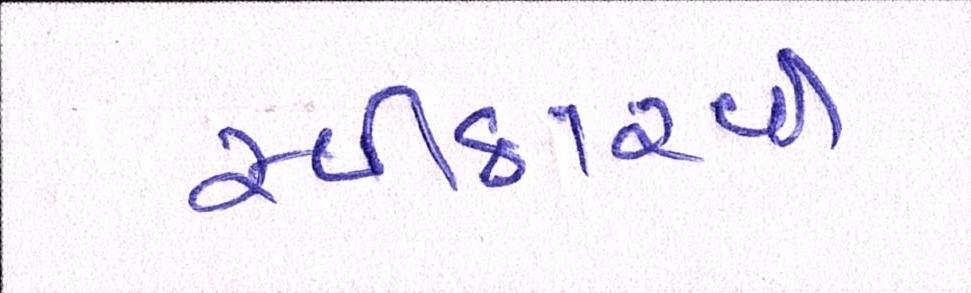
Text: સ્વીકારવી